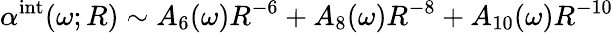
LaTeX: \alpha^{\mathrm{int}}(\omega;R)\sim A_{6}(\omega)R^{-6}+A_{8}(\omega)R^{-8}+A_{10}(\omega)R^{-10}